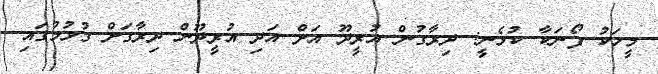
މީހަކު ފޯނަކާ ކުޅެނީ: ދިރާގުން އުރީދޫ އަށް އަދި އުރީދޫން ދިރާގަށް ގުޅުމުގައި